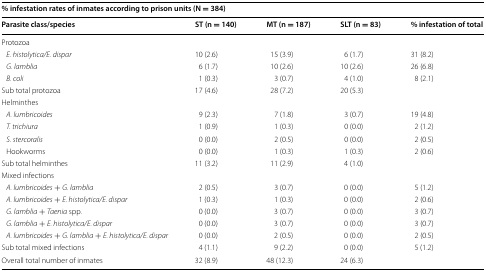
<table><thead><tr><td colspan="5"><b>% infestation rates of inmates according to prison units (N = 384)</b></td></tr><tr><td><b>Parasite class/species</b></td><td><b>ST (n = 140)</b></td><td><b>MT (n = 187)</b></td><td><b>SLT (n = 83)</b></td><td><b>% infestation of total</b></td></tr></thead><tbody><tr><td colspan="5">Protozoa</td></tr><tr><td> <i>E. histolytica/E. dispar</i></td><td>10 (2.6)</td><td>15 (3.9)</td><td>6 (1.7)</td><td>31 (8.2)</td></tr><tr><td> <i>G. lamblia</i></td><td>6 (1.7)</td><td>10 (2.6)</td><td>10 (2.6)</td><td>26 (6.8)</td></tr><tr><td> <i>B. coli</i></td><td>1 (0.3)</td><td>3 (0.7)</td><td>4 (1.0)</td><td>8 (2.1)</td></tr><tr><td>Sub total protozoa</td><td>17 (4.6)</td><td>28 (7.2)</td><td>20 (5.3)</td><td></td></tr><tr><td colspan="5">Helminthes</td></tr><tr><td> <i>A. lumbricoides</i></td><td>9 (2.3)</td><td>7 (1.8)</td><td>3 (0.7)</td><td>19 (4.8)</td></tr><tr><td> <i>T. trichiura</i></td><td>1 (0.9)</td><td>1 (0.3)</td><td>0 (0.0)</td><td>2 (1.2)</td></tr><tr><td> <i>S. stercoralis</i></td><td>0 (0.0)</td><td>2 (0.5)</td><td>0 (0.0)</td><td>2 (0.5)</td></tr><tr><td> Hookworms</td><td>0 (0.0)</td><td>1 (0.3)</td><td>1 (0.3)</td><td>2 (0.6)</td></tr><tr><td>Sub total helminthes</td><td>11 (3.2)</td><td>11 (2.9)</td><td>4 (1.0)</td><td></td></tr><tr><td colspan="5">Mixed infections</td></tr><tr><td> <i>A. lumbricoides</i> + <i>G. lamblia</i></td><td>2 (0.5)</td><td>3 (0.7)</td><td>0 (0.0)</td><td>5 (1.2)</td></tr><tr><td> <i>A. lumbricoides</i> + <i>E. histolytica/E. dispar</i></td><td>1 (0.3)</td><td>1 (0.3)</td><td>0 (0.0)</td><td>2 (0.6)</td></tr><tr><td> <i>G. lamblia</i> + <i>Taenia</i> spp.</td><td>0 (0.0)</td><td>3 (0.7)</td><td>0 (0.0)</td><td>3 (0.7)</td></tr><tr><td> <i>G. lamblia</i> + <i>E. histolytica/E. dispar</i></td><td>0 (0.0)</td><td>3 (0.7)</td><td>0 (0.0)</td><td>3 (0.7)</td></tr><tr><td> <i>A. lumbricoides</i> + <i>G. lamblia</i> + <i>E. histolytica/E. dispar</i></td><td>0 (0.0)</td><td>2 (0.5)</td><td>0 (0.0)</td><td>2 (0.5)</td></tr><tr><td>Sub total mixed infections</td><td>4 (1.1)</td><td>9 (2.2)</td><td>0 (0.0)</td><td>5 (1.2)</td></tr><tr><td>Overall total number of inmates</td><td>32 (8.9)</td><td>48 (12.3)</td><td>24 (6.3)</td><td></td></tr></tbody></table>